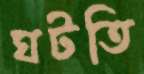
ঘটতি